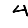
Digit: 4